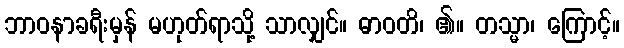
ဘာဝနာခရီးမှန် မဟုတ်ရာသို့ သာလျှင်။ ဓာဝတိ၊ ၏။ တသ္မာ၊ ကြောင့်။